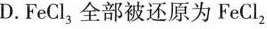
D. FeCl_{3} 全部被还原为FeCl_{2}